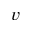
v